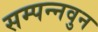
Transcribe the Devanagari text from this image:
सम्पन्नवुन